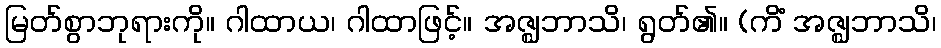
မြတ်စွာဘုရားကို။ ဂါထာယ၊ ဂါထာဖြင့်။ အဇ္ဈဘာသိ၊ ရွတ်၏။ (ကိံ အဇ္ဈဘာသိ၊